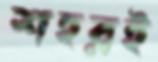
শহরই